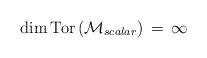
LaTeX: \begin{align*}\mbox{dim} \, \mbox{Tor} \left ({\cal M}_{scalar} \right ) \, = \,\infty \end{align*}